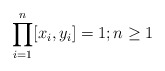
\begin{align*}\prod_{i=1}^n[x_i,y_i]=1; n\geq 1\end{align*}